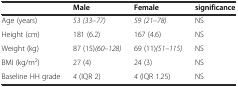
<table><thead><tr><td></td><td><b>Male</b></td><td><b>Female</b></td><td><b>significance</b></td></tr></thead><tbody><tr><td>Age (years)</td><td><i>53 (33–77)</i></td><td><i>59 (21–78)</i></td><td>NS</td></tr><tr><td>Height (cm)</td><td>181 (6.2)</td><td>167 (4.6)</td><td>NS</td></tr><tr><td>Weight (kg)</td><td>87 (15)<i>(60–128)</i></td><td>69 (11)<i>(51–115)</i></td><td>NS</td></tr><tr><td>BMI (kg/m<sup>2</sup>)</td><td>27 (4)</td><td>24 (3)</td><td>NS</td></tr><tr><td>Baseline HH grade</td><td><i>4</i> (IQR 2)</td><td><i>4</i> (IQR 1.25)</td><td>NS</td></tr></tbody></table>